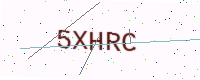
Text: 5XHRC